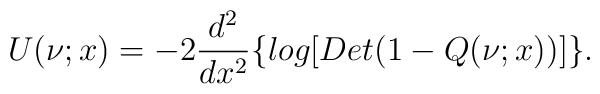
U(\nu;x)=-2\frac{d^2}{dx^2}\{log[Det(1-Q(\nu;x))]\}.